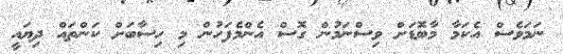
ނަމަވެސް އެކަމާ މާބޮޑަށް ވިސްނަމުން ގޮސް އެންމެފަހުން މި ހިސާބަށް ކަންތައް ދިޔައީ